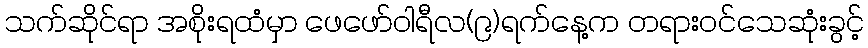
သက်ဆိုင်ရာ အစိုးရထံမှာ ဖေဖော်ဝါရီလ(၉)ရက်နေ့က တရားဝင်သေဆုံးခွင့်